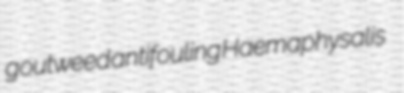
goutweed antifouling Haemaphysalis